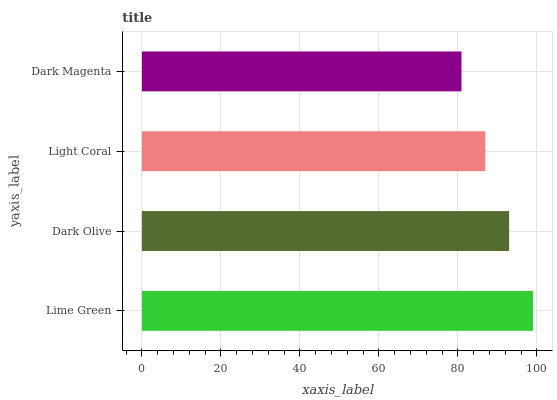
| yaxis_label | bars |
 | --- | --- |
 | Lime Green | 99 |
 | Dark Olive | 93 |
 | Light Coral | 86.9 |
 | Dark Magenta | 80.9 |